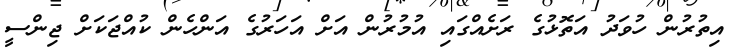
އިތުރުން ހުވަދު އަތޮޅުގެ ރަށެއްގައި އުމުރުން އަށް އަހަރުގެ އަންހެން ކުއްޖަކަށް ޖިންސީ